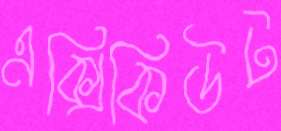
এক্সিকিউট